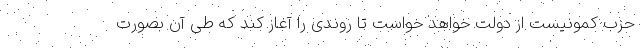
حزب کمونیست از دولت خواهد خواست تا روندی را آغاز کند که طی آن بصورت